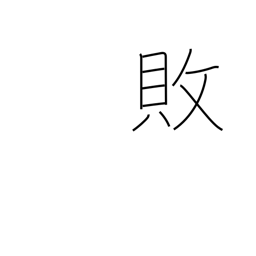
Meaning: reversal